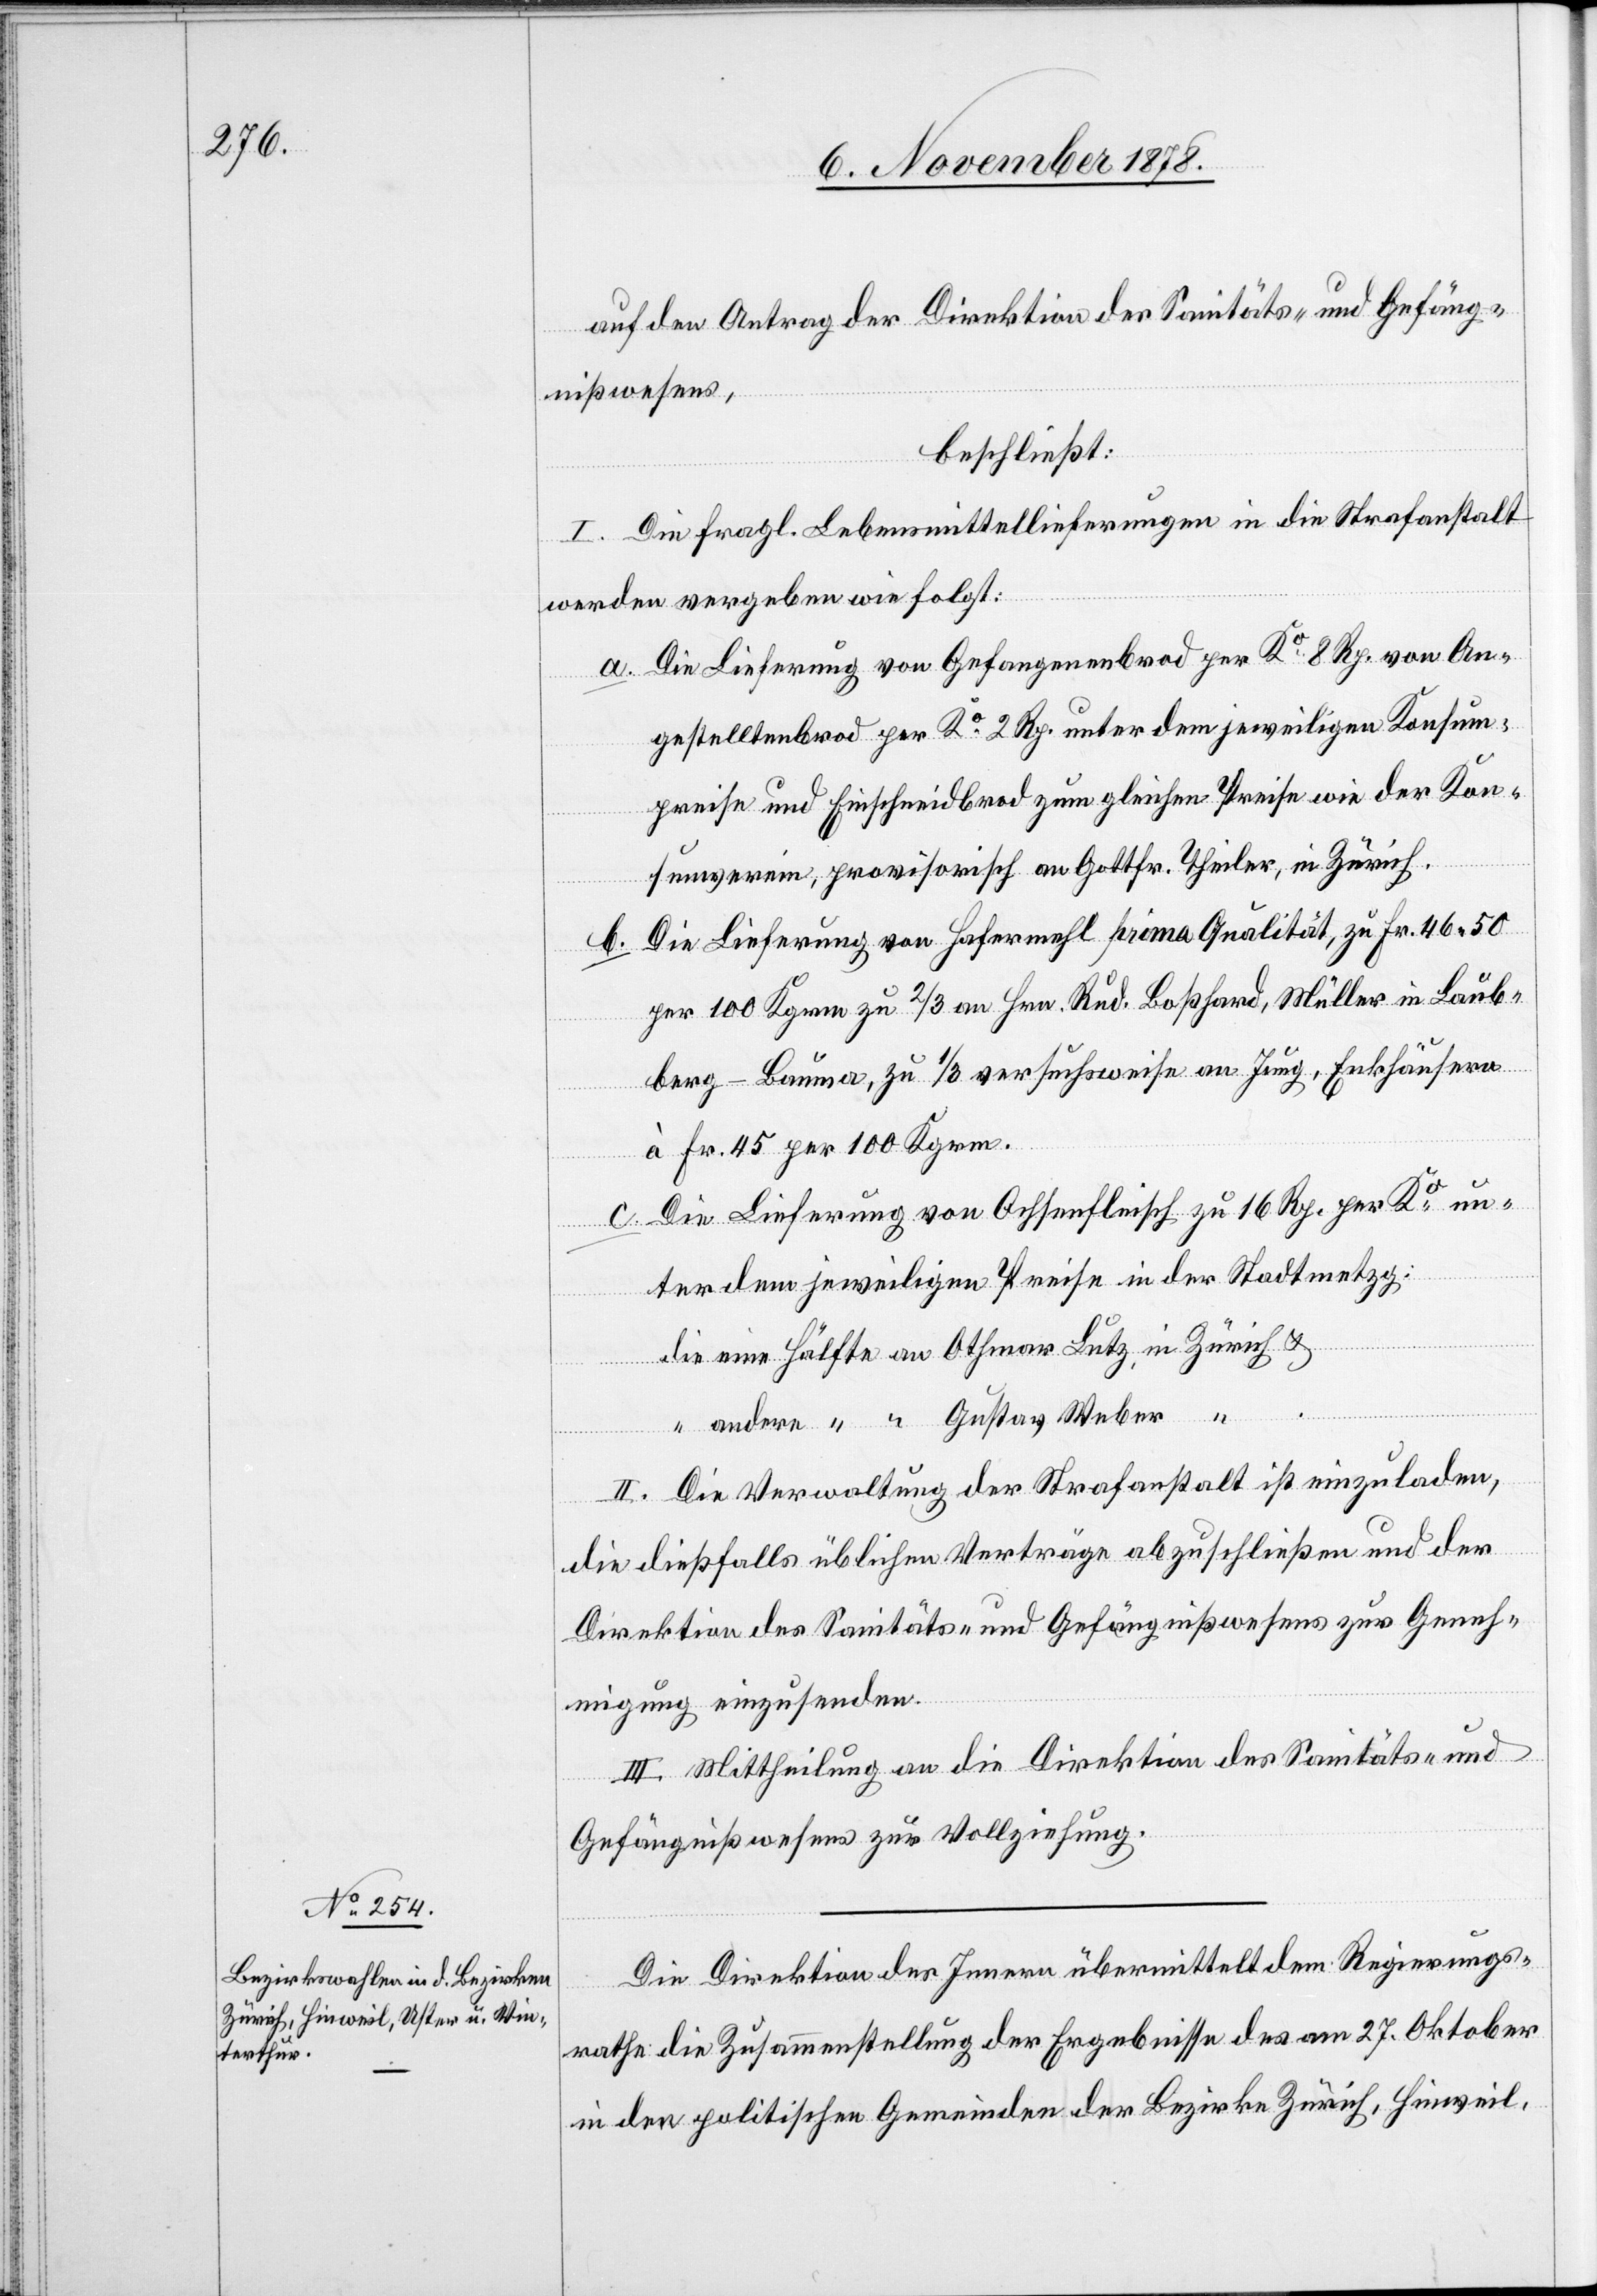
auf den Antrag der Direktion des Sanitäts- & Gefäng¬
nißwesens,
beschließt:
I. Die fragl. Lebensmittellieferungen in die Strafanstalt
werden vergeben wie folgt:
a. Die Lieferung von Gefangenenbrod per Ko 8 Rp., von An¬
gestelltenbrod per Ko 2 Rp. unter dem jeweiligen Konsum¬
preise und Einschneidbrod zum gleichen Preise wie der Kon¬
sumverein, provisorisch an Gottfr. Theiler, in Zürich.
Die Lieferung von Hafermehl prima Qualität, zu Fr. 46 50
b.
per 100 Kgrm zu 2/3 an Hrn. Rud. Boßhard, Müller in Laub¬
berg - Bauma, zu 1/3 versuchsweise an Jung, Enkhäusern
à Fr. 45 per 100 Kgrm.
c. Die Lieferung von Ochsenfleisch zu 16 Rp. per Ko un¬
ter dem jeweiligen Preise in der Stadtmetzg:
die eine Hälfte an Othmar Lutz, in Zürich &
“ andere “ “ Gustav Weber “
II. Die Verwaltung der Strafanstalt ist einzuladen,
die dießfalls üblichen Verträge abzuschließen und der
Direktion des Sanitäts- & Gefängnißwesens zur Geneh¬
migung einzusenden.
III. Mittheilung an die Direktion des Sanitäts- &
Gefängnißwesens zur Vollziehung.
Die Direktion des Innern übermittelt dem Regierungs¬
rathe die Zusammenstellung der Ergebnisse des am 27. Oktober
in den politischen Gemeinden der Bezirke Zürich, Hinweil,